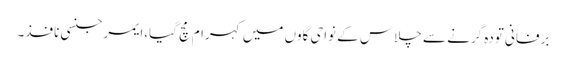
برفانی تودہ گرنے سے چلاس کے نواحی گاوں میں کہرام مچ گیا،ایمرجنسی نافذ۔